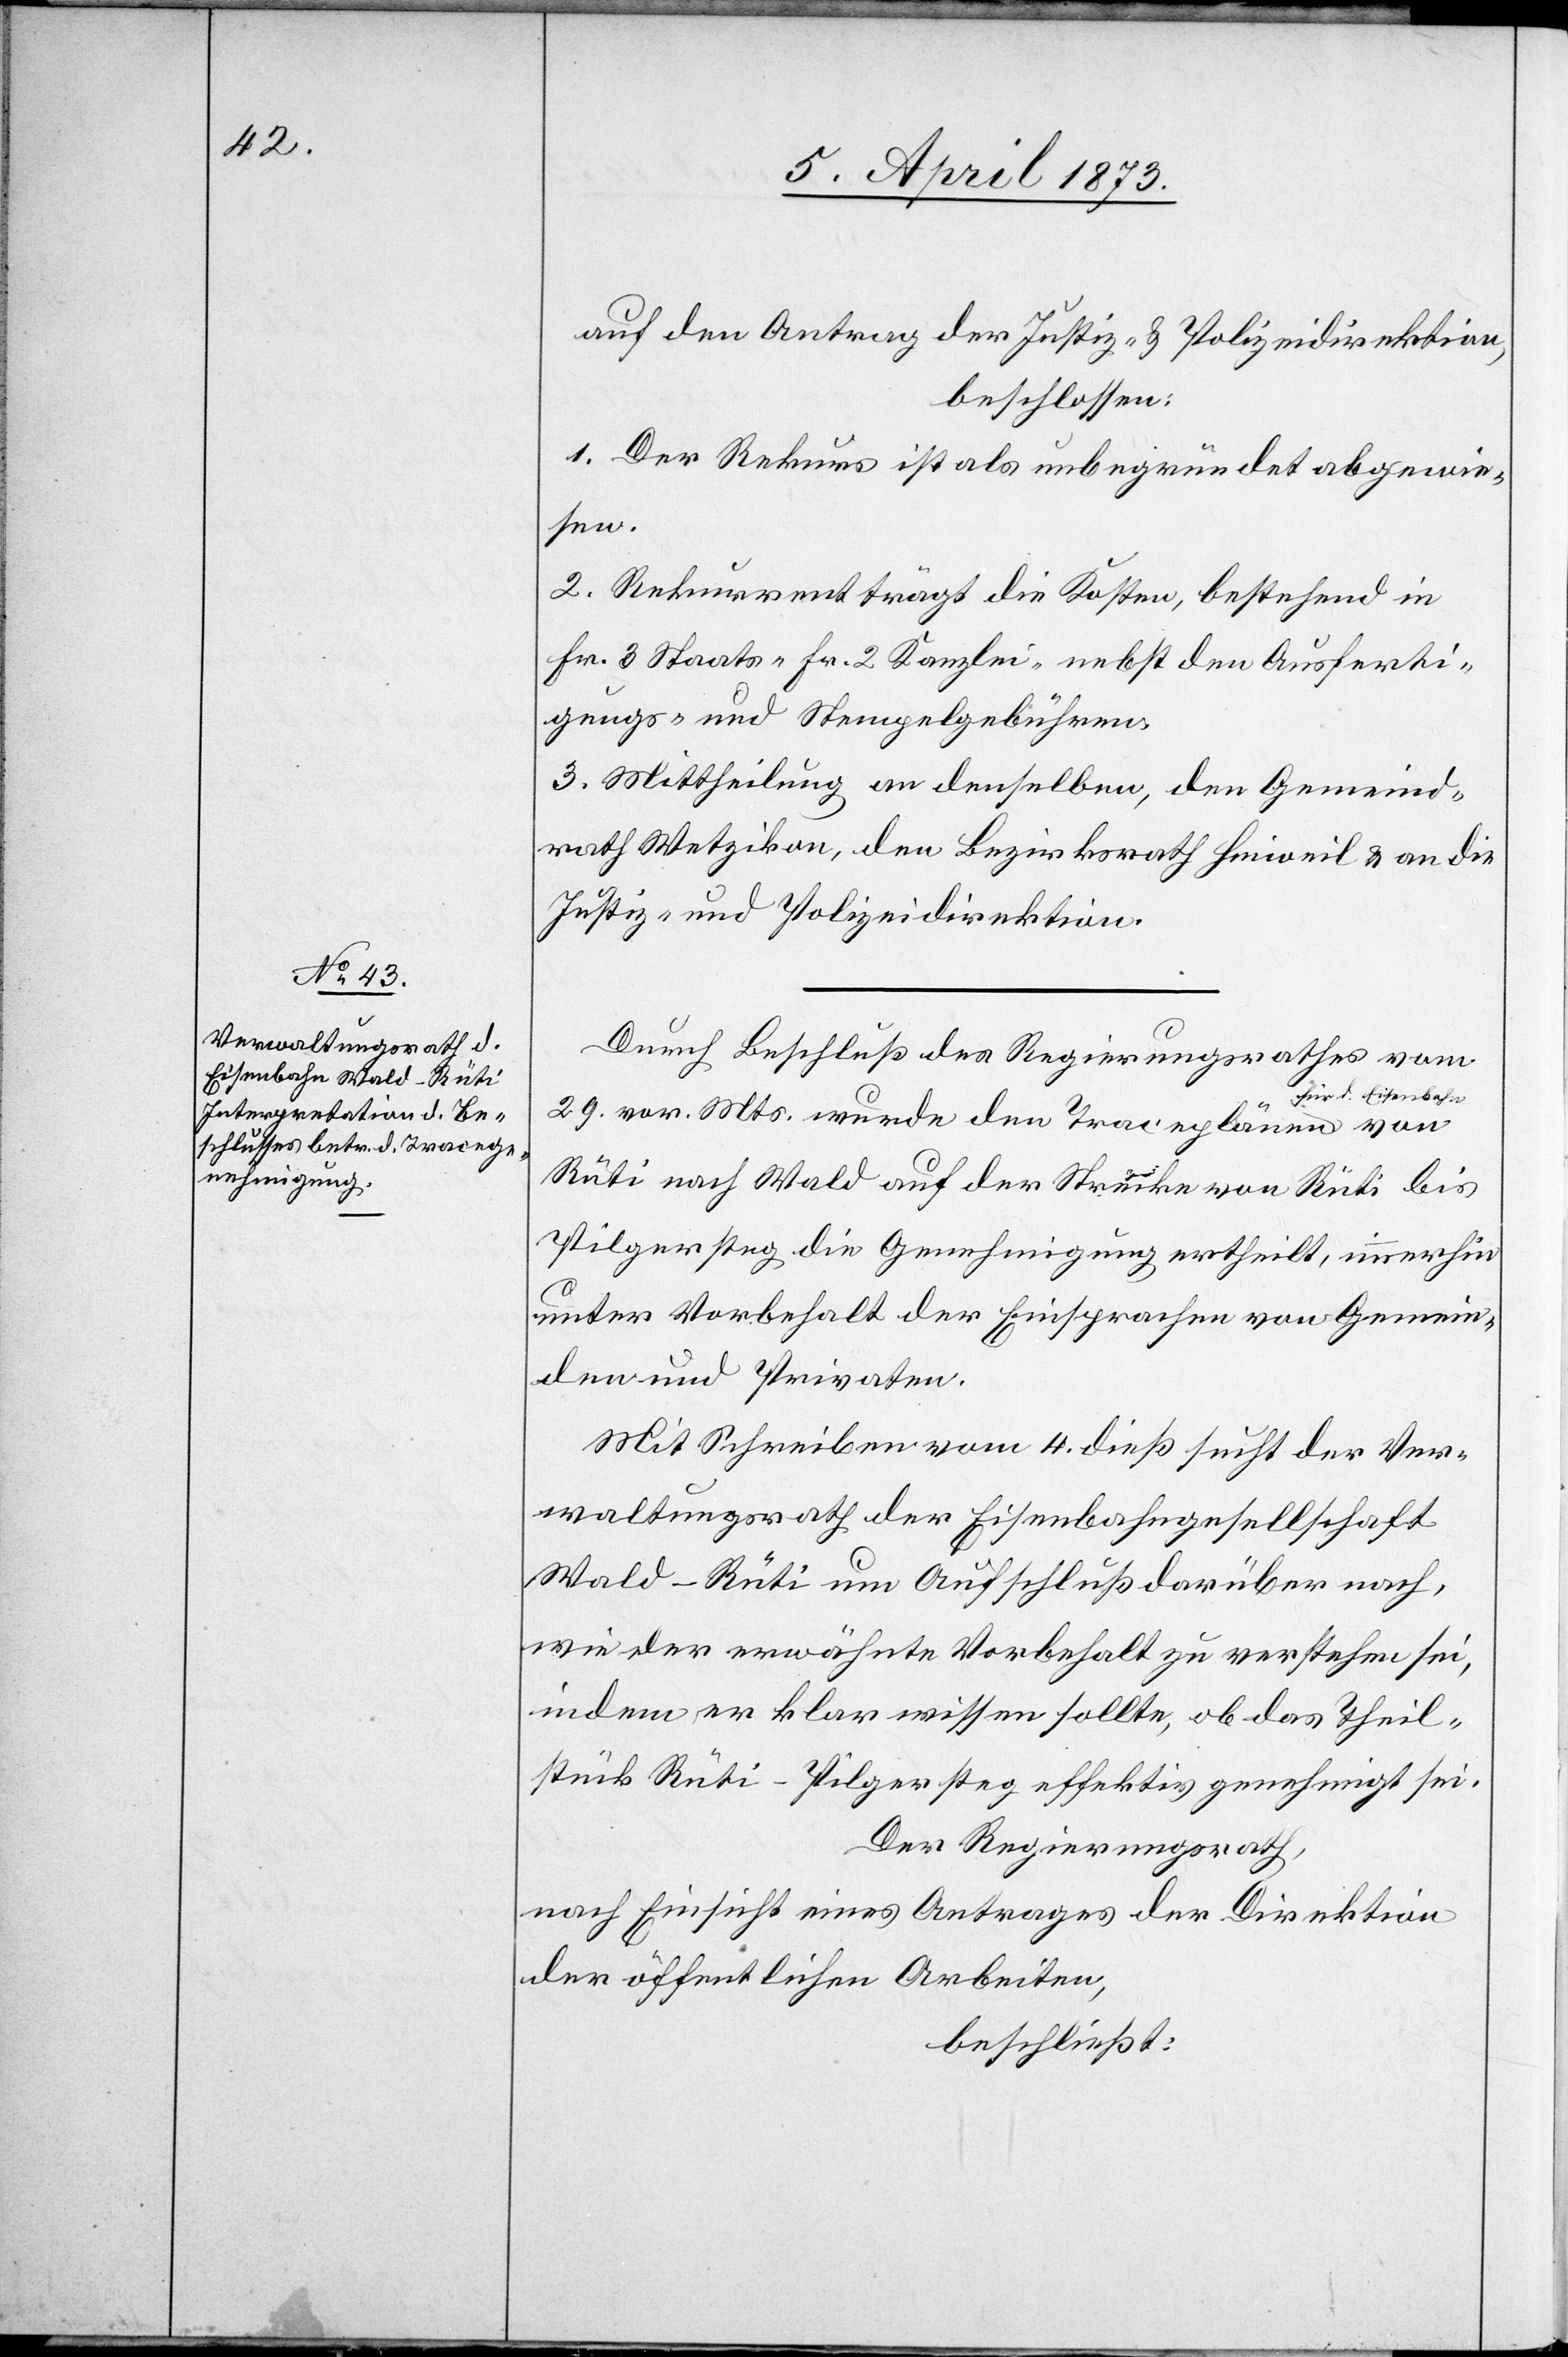
auf den Antrag der Justiz- u. Polizeidirektion,
beschlossen:
1. Der Rekurs ist als unbegründet abgewie¬
sen.
2. Rekurrent trägt die Kosten, bestehend in
Fr. 3 Staats-[,] Fr. 2 Kanzlei- nebst den Ausferti¬
gungs- und Stempelgebühren.
3. Mittheilung an denselben, den Gemeind¬
rath Wetzikon, den Bezirksrath Hinweil u. an die
Justiz- und Polizeidirektion.
Durch Beschluß des Regierungsrathes vom
für d. Eisenbahn
29. vor. Mts. wurde den Traceplänen
Rüti nach Wald auf der Strecke von Rüti bis
Pilgersteg die Genehmigung ertheilt, immerhin
unter Vorbehalt der Einsprachen von Gemein¬
den und Privaten.
Mit Schreiben vom 4. dieß sucht der Ver¬
waltungsrath der Eisenbahngesellschaft
Wald–Rüti um Aufschluß darüber nach,
wie der erwähnte Vorbehalt zu verstehen sei,
indem er klar wissen sollte, ob das Theil¬
stück Rüti–Pilgersteg effektiv genehmigt sei.
Der Regierungsrath,
nach Einsicht eines Antrages der Direktion
der öffentlichen Arbeiten,
beschließt: